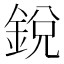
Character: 銳